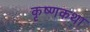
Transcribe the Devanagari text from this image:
कृष्णकथा